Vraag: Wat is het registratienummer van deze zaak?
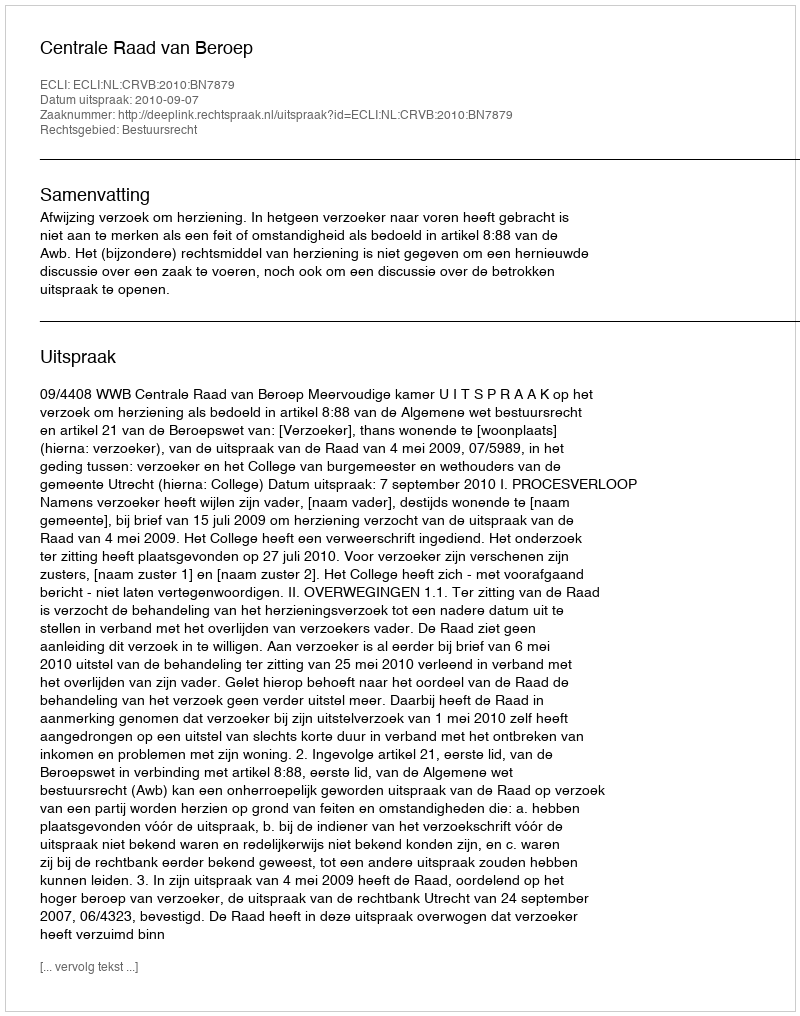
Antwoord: http://deeplink.rechtspraak.nl/uitspraak?id=ECLI:NL:CRVB:2010:BN7879